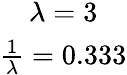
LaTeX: \begin{array}{c}{\lambda=3}\\ {\frac{1}{\lambda}=0.333}\end{array}